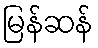
မြန်ဆန်